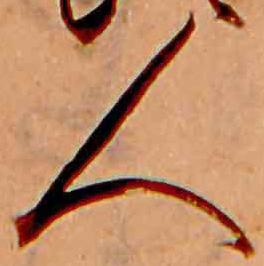
人